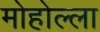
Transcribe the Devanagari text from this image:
मोहोल्ला